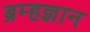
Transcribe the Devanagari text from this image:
ब्रम्हज्ञान